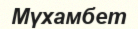
Мүхамбет